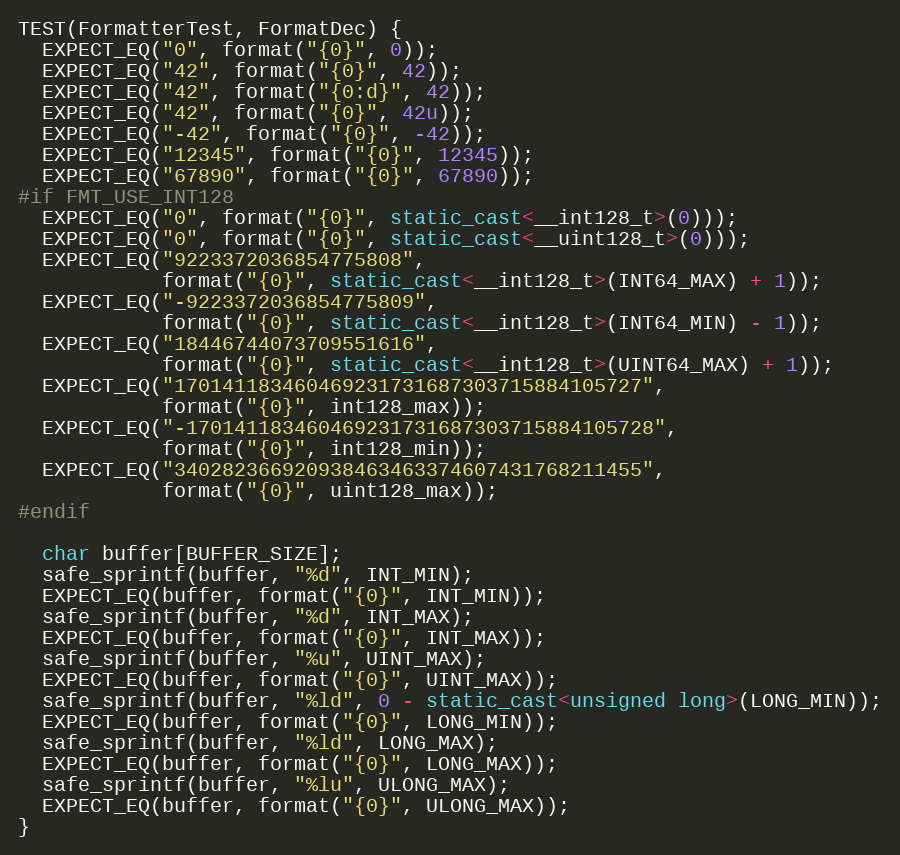
Language: C++
TEST(FormatterTest, FormatDec) {
  EXPECT_EQ("0", format("{0}", 0));
  EXPECT_EQ("42", format("{0}", 42));
  EXPECT_EQ("42", format("{0:d}", 42));
  EXPECT_EQ("42", format("{0}", 42u));
  EXPECT_EQ("-42", format("{0}", -42));
  EXPECT_EQ("12345", format("{0}", 12345));
  EXPECT_EQ("67890", format("{0}", 67890));
#if FMT_USE_INT128
  EXPECT_EQ("0", format("{0}", static_cast<__int128_t>(0)));
  EXPECT_EQ("0", format("{0}", static_cast<__uint128_t>(0)));
  EXPECT_EQ("9223372036854775808",
            format("{0}", static_cast<__int128_t>(INT64_MAX) + 1));
  EXPECT_EQ("-9223372036854775809",
            format("{0}", static_cast<__int128_t>(INT64_MIN) - 1));
  EXPECT_EQ("18446744073709551616",
            format("{0}", static_cast<__int128_t>(UINT64_MAX) + 1));
  EXPECT_EQ("170141183460469231731687303715884105727",
            format("{0}", int128_max));
  EXPECT_EQ("-170141183460469231731687303715884105728",
            format("{0}", int128_min));
  EXPECT_EQ("340282366920938463463374607431768211455",
            format("{0}", uint128_max));
#endif

  char buffer[BUFFER_SIZE];
  safe_sprintf(buffer, "%d", INT_MIN);
  EXPECT_EQ(buffer, format("{0}", INT_MIN));
  safe_sprintf(buffer, "%d", INT_MAX);
  EXPECT_EQ(buffer, format("{0}", INT_MAX));
  safe_sprintf(buffer, "%u", UINT_MAX);
  EXPECT_EQ(buffer, format("{0}", UINT_MAX));
  safe_sprintf(buffer, "%ld", 0 - static_cast<unsigned long>(LONG_MIN));
  EXPECT_EQ(buffer, format("{0}", LONG_MIN));
  safe_sprintf(buffer, "%ld", LONG_MAX);
  EXPECT_EQ(buffer, format("{0}", LONG_MAX));
  safe_sprintf(buffer, "%lu", ULONG_MAX);
  EXPECT_EQ(buffer, format("{0}", ULONG_MAX));
}